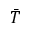
\Bar { T }